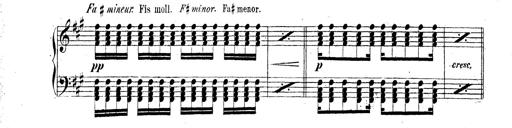
Title: Technische Studien
Composer: Franz Liszt